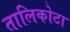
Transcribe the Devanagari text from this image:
तालिकोटा